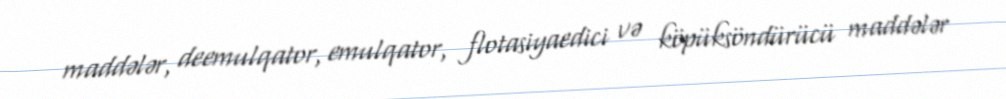
maddələr, deemulqator, emulqator, flotasiyaedici və köpüksöndürücü maddələr